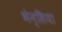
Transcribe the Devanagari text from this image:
भेन्सिया